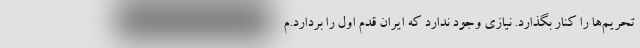
تحریم‌ها را کنار بگذارد. نیازی وجود ندارد که ایران قدم اول را بردارد.م